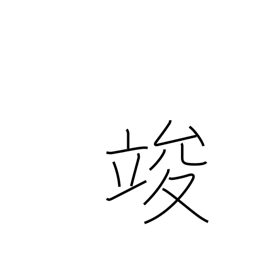
Meaning: end